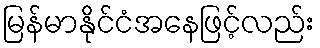
မြန်မာနိုင်ငံအနေဖြင့်လည်း